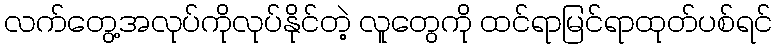
လက်တွေ့အလုပ်ကိုလုပ်နိုင်တဲ့ လူတွေကို ထင်ရာမြင်ရာထုတ်ပစ်ရင်